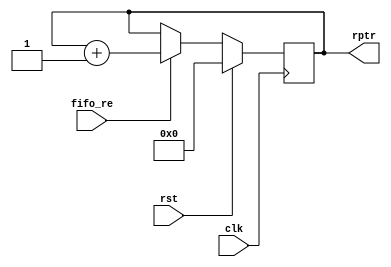
module Read_Pointer

#(
	parameter ADDR_WIDTH = 16
)
(
	input clk,
	input rst,
	input fifo_re,
	output reg [ADDR_WIDTH:0] rptr
);

	always @(posedge clk)
	begin
		if (rst) begin
			rptr <= 17'b0;
		end
		else if (fifo_re) begin
			rptr <= rptr + 17'd1;
		end	
		else begin
			rptr <= rptr;
		end
	end
endmodule